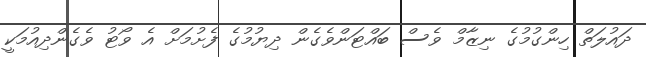
ދައުލަތް ހިންގުމުގެ ނިޒާމް ވެސް ބައްޓަންވެގެން ދިޔުމުގެ ފެށުމަށް އެ ވޯޓު ވެގެންދިއުމަކީ